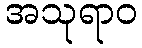
အသုရာဝ